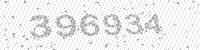
Solution: 396934